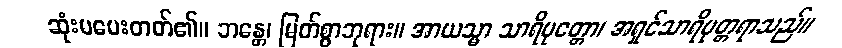
ဆုံးမပေးတတ်၏။ ဘန္တေ၊ မြတ်စွာဘုရား။ အာယသ္မာ သာရိပုတ္တော၊ အရှင်သာရိပုတ္တရာသည်။